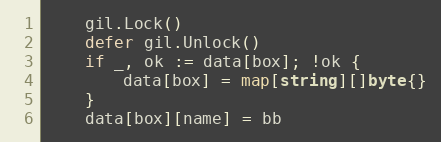
Language: Go
	gil.Lock()
	defer gil.Unlock()
	if _, ok := data[box]; !ok {
		data[box] = map[string][]byte{}
	}
	data[box][name] = bb